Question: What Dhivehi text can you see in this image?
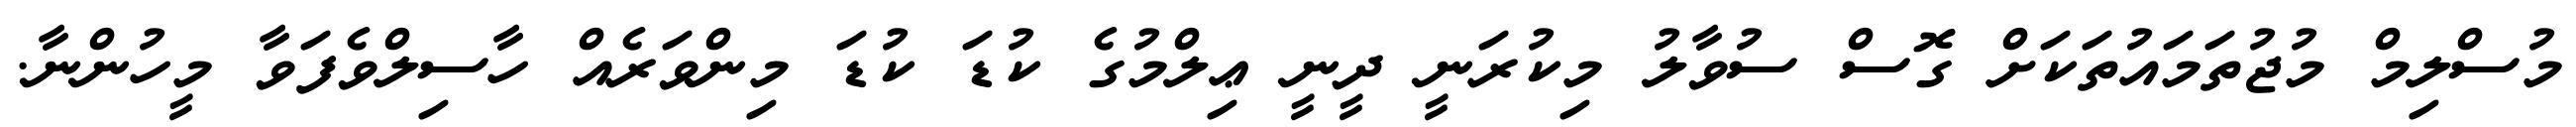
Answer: މުސްލިމް މުޖުތަމައުތަކަށް ގޮސް ސުވާލު މިކުރަނީ ދީނީ ޢިލްމުގެ ކުޑަ ކުޑަ މިންވަރެއް ހާސިލްވެފަވާ މީހުންނާ.